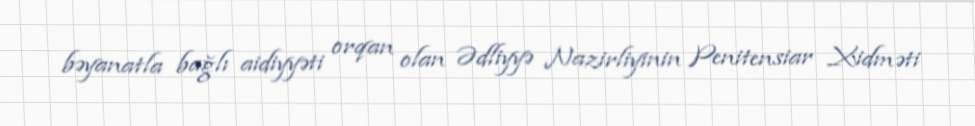
bəyanatla bağlı aidiyyəti orqan olan Ədliyyə Nazirliyinin Penitensiar Xidməti